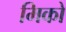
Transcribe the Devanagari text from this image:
मिको